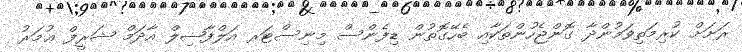
ރަށަށް ކުރިމަތިވަމުންދާ ގޮންޖެހުންތަކާއި ބެހޭގޮތުން ޑިފެންސް މިނިސްޓަރ އަލްފާޟިލް އާދަމް ޝަރީފް ޢުމަރު